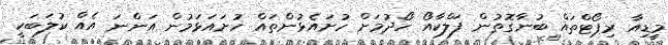
މީޑިއާ ރިޕޯޓްތައް ބުނާގޮތުން ފަލްކާއޯ ހޯދުމަށް ހުށައެޅުންތައް ހުށައަޅަމުން އަންނަ އެއް ކުލަބަކީ